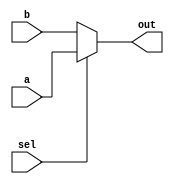
module MUX2_1(input[7:0]a,b,
              input sel,
              output[7:0]out);
       
  assign out = sel?a:b;      
 
endmodule